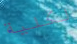
لكلية